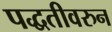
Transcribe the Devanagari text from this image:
पद्धतीवरुन